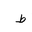
Letter: _da